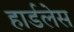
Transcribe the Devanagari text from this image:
हार्डलेस